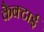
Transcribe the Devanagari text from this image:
कैक्टाई